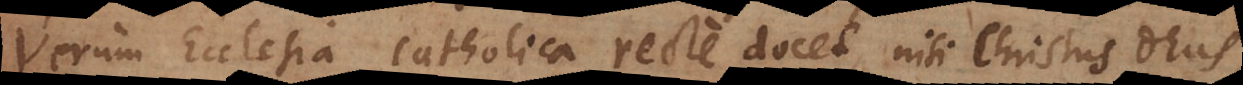
Verum Ecclesia catholica recte docet nisi Christus Deus